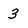
Character: 3